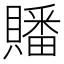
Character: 𮚤